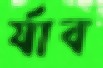
র‍্যাব